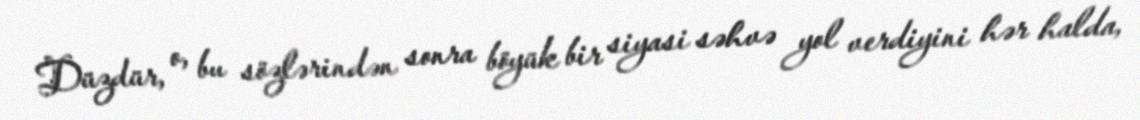
Düzdür, o, bu sözlərindən sonra böyük bir siyasi səhvə yol verdiyini hər halda,